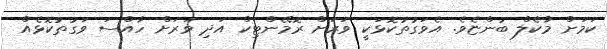
ކަމަށް މާކެލް ބުންޏެވެ. އެވަގުތުކޮޅަކީ ވަރަށް ރޮމޭންޓިކް އަދި ވަރަށް ހާއްސަ ވަގުތުކޮޅެއް